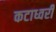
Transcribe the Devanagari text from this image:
कटाध्वरी